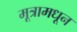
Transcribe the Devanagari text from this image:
मूत्रामधून